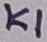
Text: K1